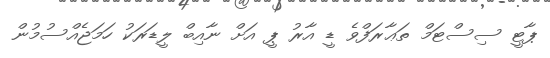
ޕާޓީ ސިސްޓަމް ތަޢާރަފްވެ ޑީ އާރު ޕީ އަށް ނާއިބް ލީޑަރަކު ހަމަޖެއްސުމުން